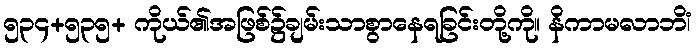
၅၃၄+၅၃၅+ ကိုယ်၏အဖြစ်၌ချမ်းသာစွာနေရခြင်းတို့ကို။ နိကာမလာဘိံ၊